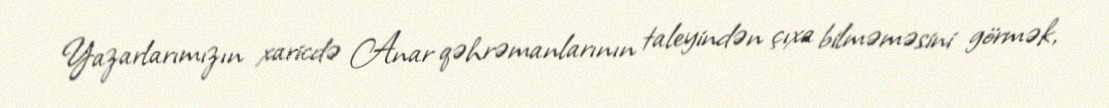
Yazarlarımızın xaricdə Anar qəhrəmanlarının taleyindən çıxa bilməməsini görmək,